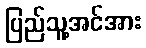
ပြည်သူ့အင်အား